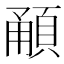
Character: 𩒼